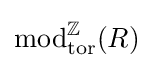
\operatorname {mod} _{\mathrm {tor} }^{\mathbb {Z}}(R)